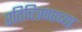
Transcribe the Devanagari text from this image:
रतिचित्रणाच्या